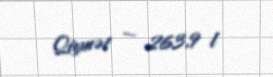
Qiymət — 263,9 l